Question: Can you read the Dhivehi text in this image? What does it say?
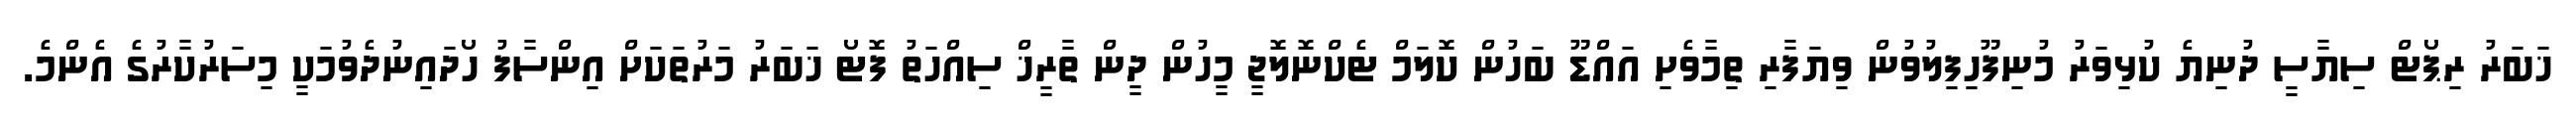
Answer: ޚަބަރު ރިޕޯޓް ސިޔާސީ ދުނިޔެ ކުޅިވަރު މުނިފޫހިފިލުވުން ވިޔަފާރި ތިމާވެށި އައްޑޫ ބަހުން ކޮލަމް ޓެކްނޮލޮޖީ މީހުން ދީން ތާރީޚް ސިއްހަތު ފޮޓޯ ޚަބަރު މަރުތަކަށް އިންސާފު ހޯދައިނުދެވުމަކީ މިސަރުކާރުގެ އެންމެ.